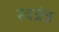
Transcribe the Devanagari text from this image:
स्वत्रंत्र